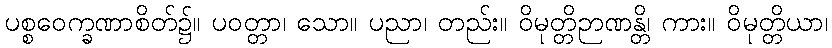
ပစ္စဝေက္ခဏာစိတ်၌။ ပဝတ္တာ၊ သော။ ပညာ၊ တည်း။ ဝိမုတ္တိဉာဏန္တိ၊ ကား။ ဝိမုတ္တိယာ၊